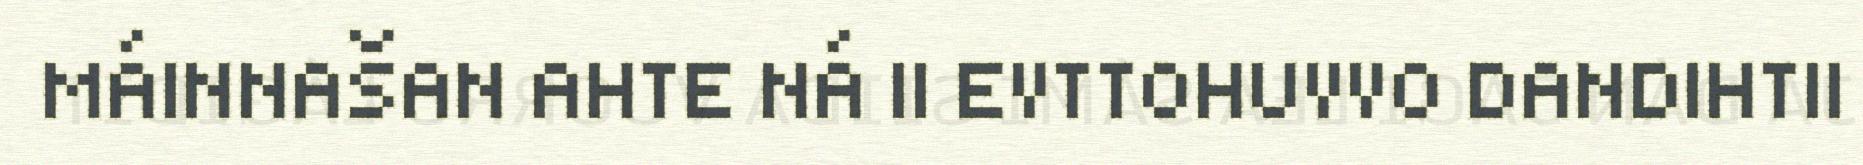
MÁINNAŠAN AHTE NÁ II EVTTOHUVVO DANDIHTII